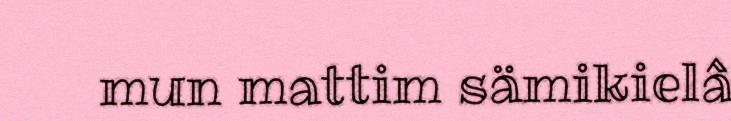
mun mattim sämikielâ